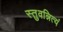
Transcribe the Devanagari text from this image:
स्तुवन्नित्यं